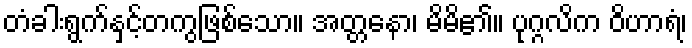
တံခါးရွက်နှင့်တကွဖြစ်သော။ အတ္တနော၊ မိမိ၏။ ပုဂ္ဂလိက ဝိဟာရံ၊